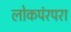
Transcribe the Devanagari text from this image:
लोकपंरपरा